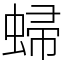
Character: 𧌈